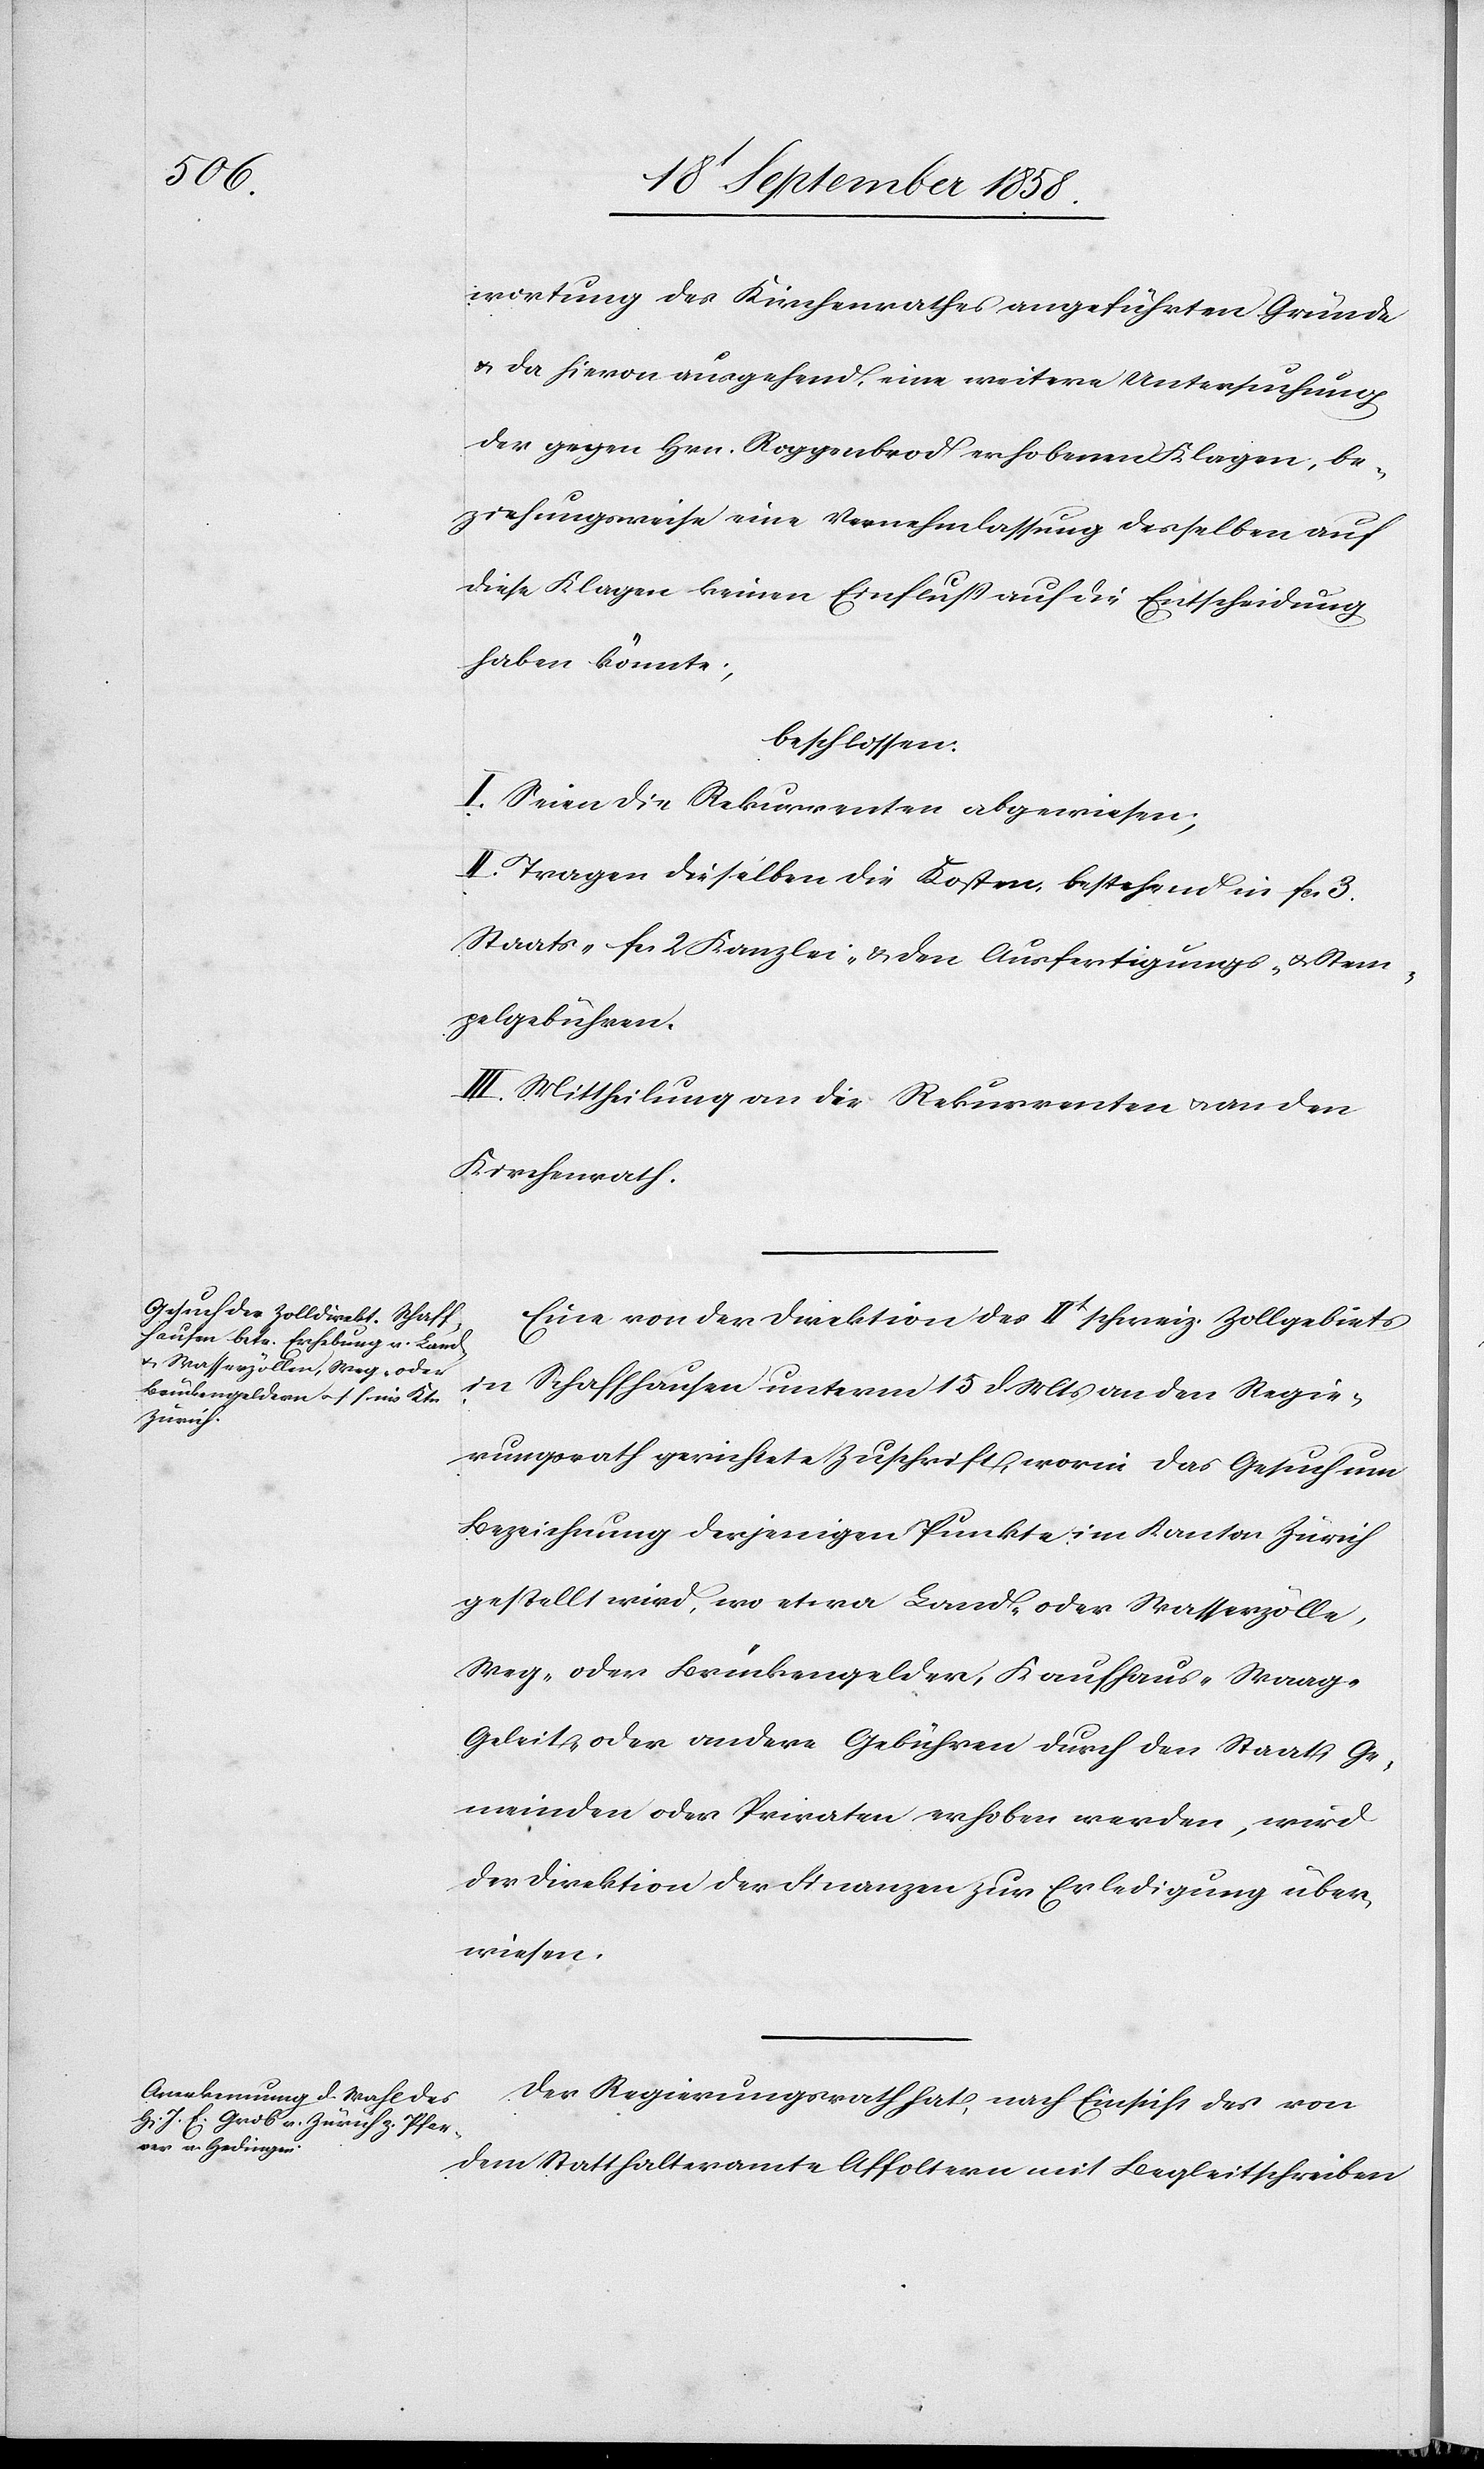
wortung des Kirchenrathes angeführten Gründe
& da hievon ausgehend, eine weitere Untersuchung
der gegen Hrn. Roggenbrod erhobenen Klagen, be¬
ziehungsweise eine Vernehmlassung desselben auf
diese Klagen keinen Einfluß auf die Entscheidung
haben könnte;
beschlossen:
I. Seien die Rekurrenten abgewiesen;
II. Tragen dieselben die Kosten, bestehend in fcs. 3.
Staats-[,] fcs. 2 Kanzlei- & den Ausfertigungs- & Stem¬
pelgebühren.
III. Mittheilung an die Rekurrenten & an den
Kirchenrath.
Eine von der Direktion des IIt schweiz. Zollgebiets
in Schaffhausen unterm 15 d. Mts an den Regie¬
rungsrath gerichtete Zuschrift, worin das Gesuch um
Bezeichnung derjenigen Punkte im Kanton Zürich
gestellt wird, wo etwa Land- oder Wasserzölle,
Weg- oder Brückengelder, Kaufhaus-[,] Waag-[,]
Geleit- oder andere Gebühren durch den Staat, Ge¬
meinden oder Privaten erhoben werden, wird
der Direktion der Finanzen zur Erledigung über¬
wiesen.
Der Regierungsrath hat, nach Einsicht des von
dem Statthalteramte Affoltern mit Begleitschreiben